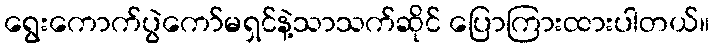
ရွေးကောက်ပွဲကော်မရှင်နဲ့သာသက်ဆိုင် ပြောကြားထားပါတယ်။